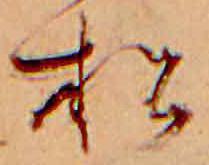
松